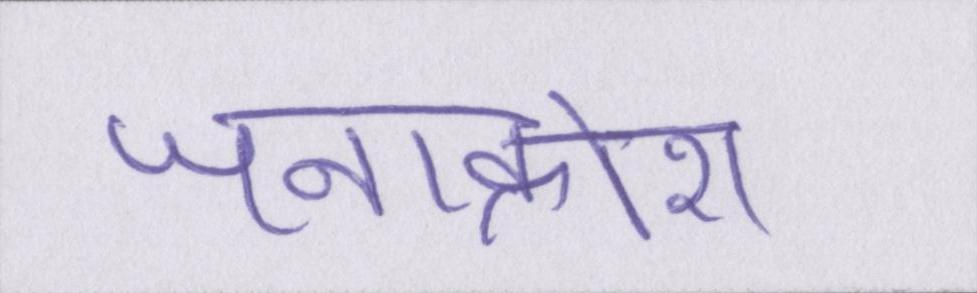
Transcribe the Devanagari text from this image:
जनाक्रोश